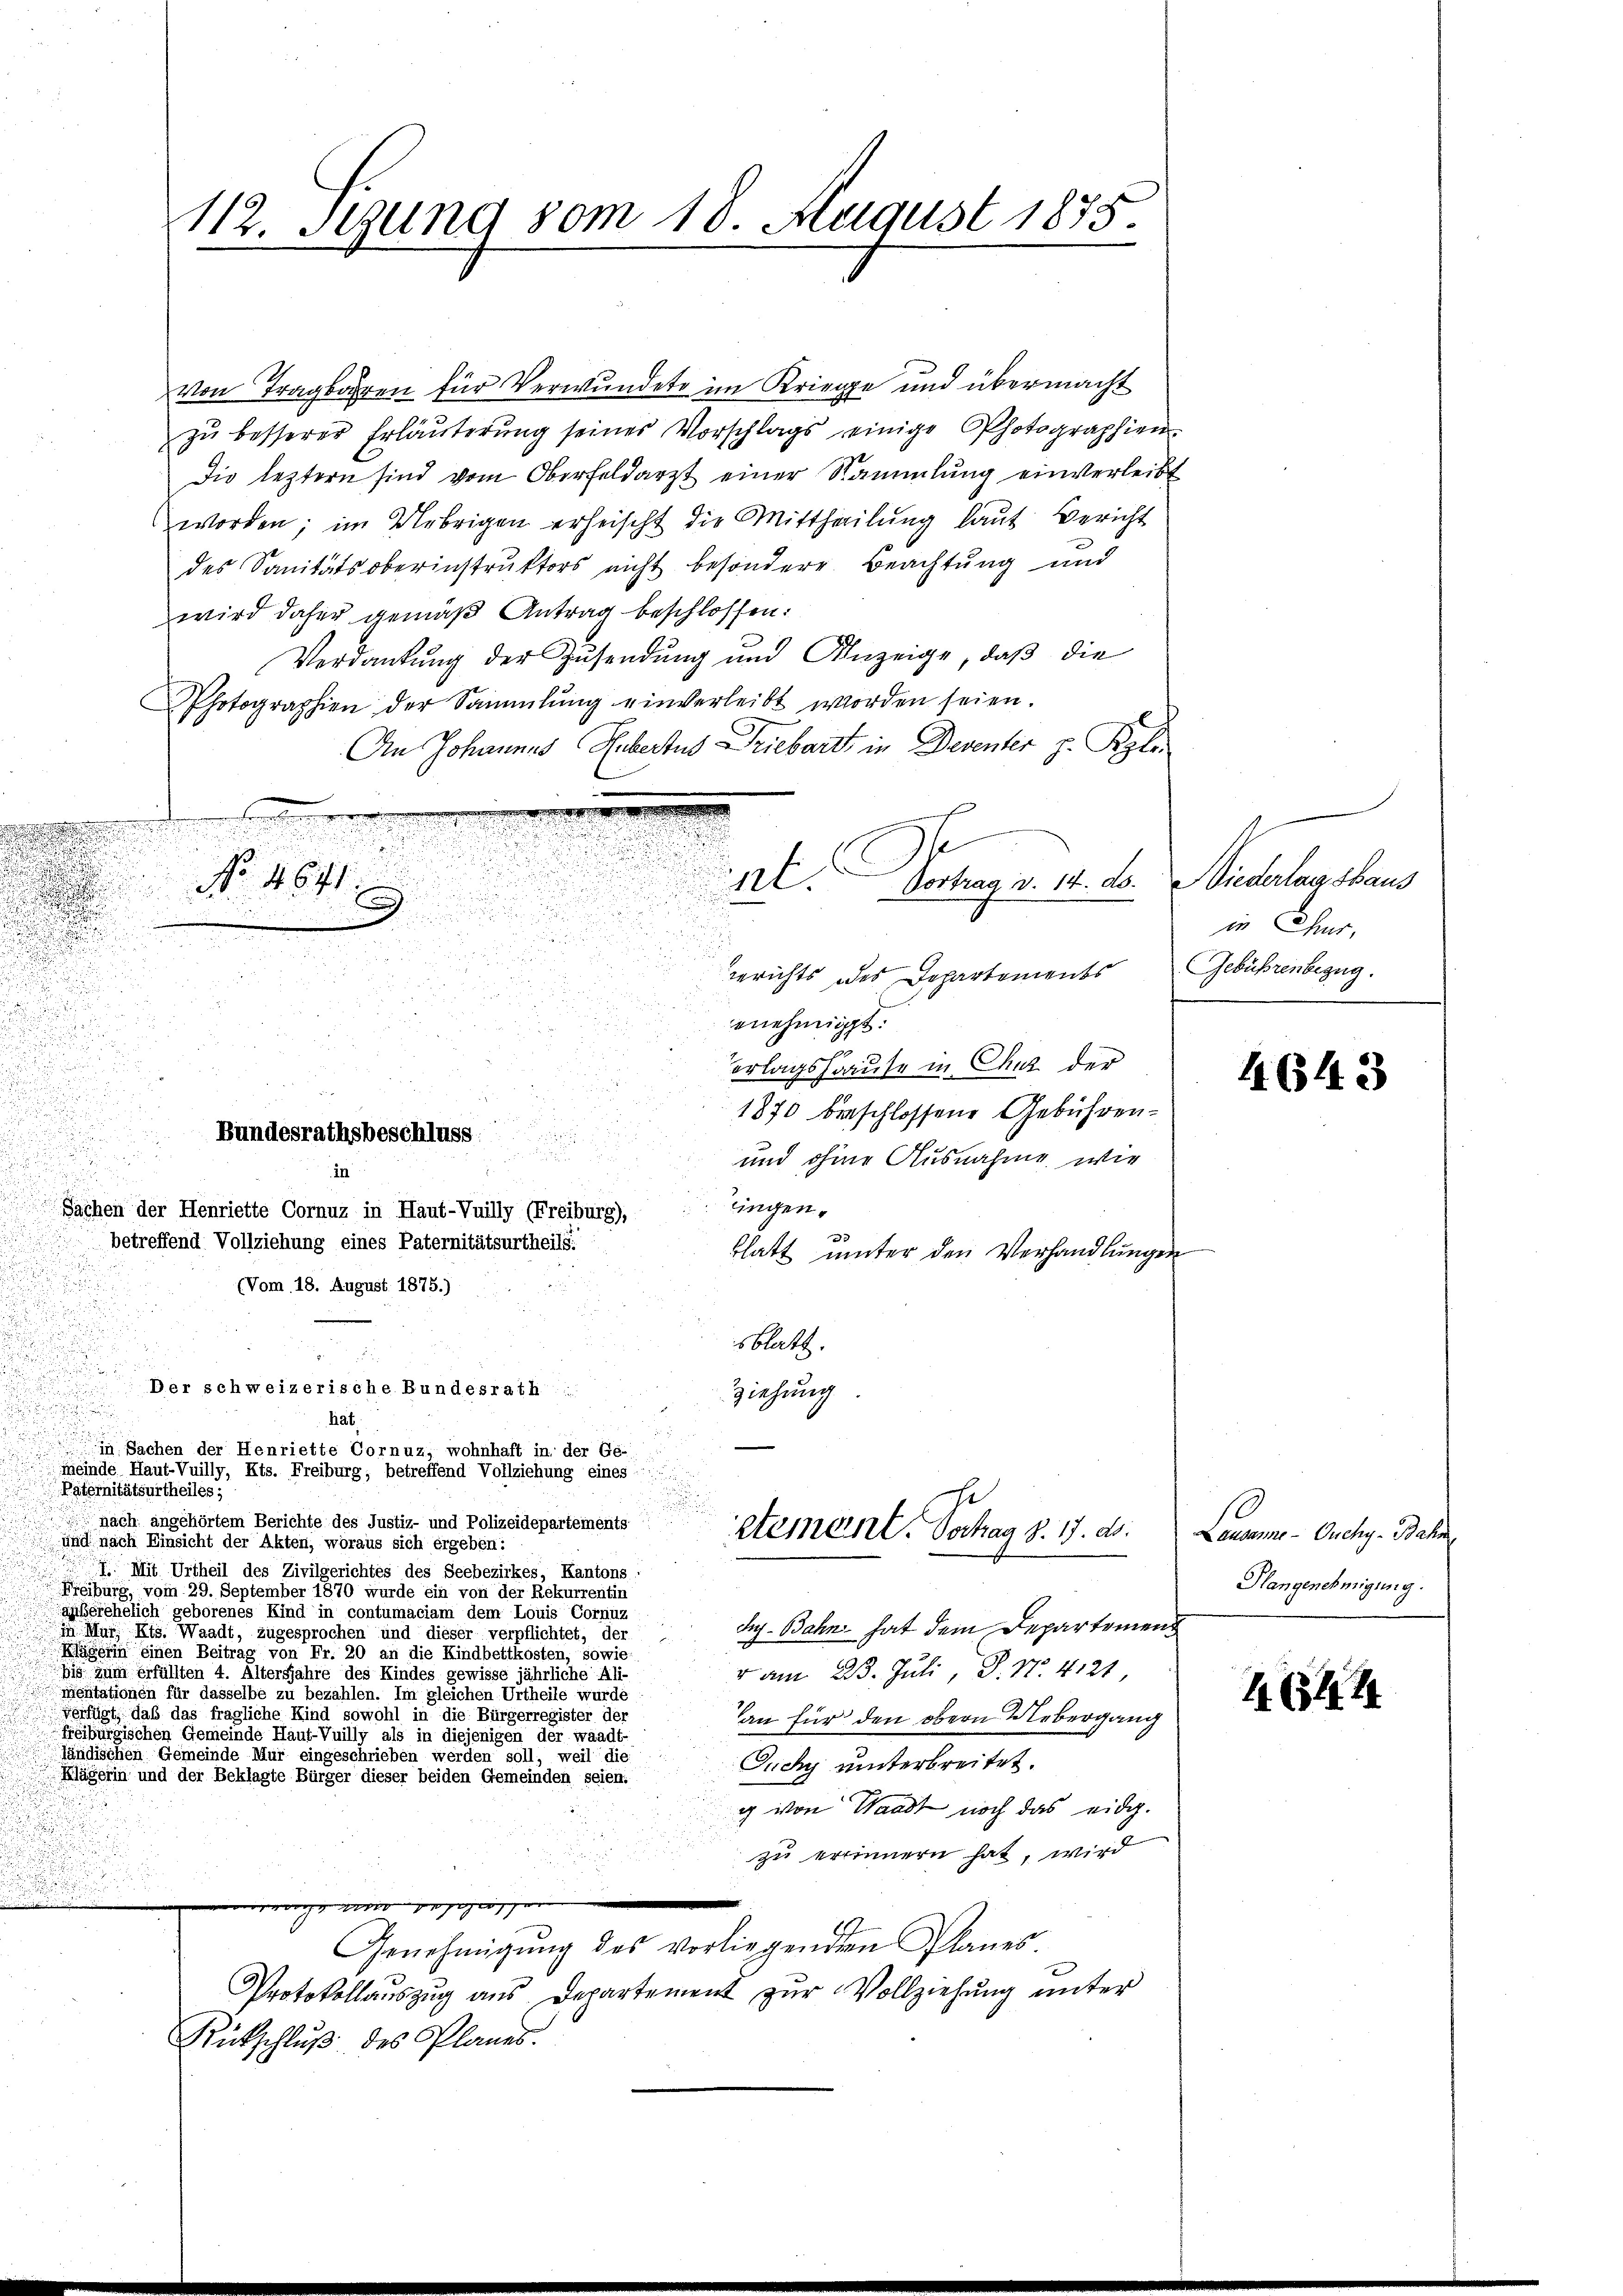
u

112. Stung 80m 10. August 1875.

e
No. 4641

von Tragen für Verwundete im Kriege und übermacht
zŭ besserer Erläuterung seines Vorschlags einige Photographien.
Die leztern sind vom Oberfeldarzt einer Sammlung einverleibt
worden; im Uebrigen erheischt die Mittheilung laut Bericht
des Sanitätsoberinstruktors nicht besondere Beachtung und
wird daher gemäß Antrag beschlossen:
Verdankung der Zusendung und Anzeige, daß die
Photographien der Sammlung einverleibt worden seien.
An Johannes Hubertus Driebart in Deventer z. Kzle
.
3
12. Vortrag v. 14. ds. Wiederlagshaus
.

u
Gerichts des Departements

n
enehmigt.
.
erlagshause in Chur der
1870 beschlossene Gebühren¬
.
Bundesrathsbeschluss.

und ohne Ausnahme wie
in
zingen.
Sachen der Henriette Cornuz in Haut-Vuilly (Freiburg),
betreffend Vollziehung eines Paternitätsurtheils.
blatt unter den Verhandlungen
(Vom 18. August 1875.)
sblatt.
Der schweizerische Bundesrath
ziehung

hat.
in Sachen der Henriette Cornuz, wohnhaft in der Ge-

Jus-Bahn hat dem Departemen
v am 23. Juli, D. No. 4121,
an für den obern Uebergang

stement. Schag 8. 17. ds.

meinde Haut-Vuilly, Kts. Freiburg, betreffend Vollziehung eines
.
Paternitätsurtheiles,
 nach angehörtem Berichte des Justiz- und Polizeidepartements
 und nach Einsicht der Akten, woraus sich ergeben:
7 Mit Urtheil des Zivilgerichtes des Seebezirkes, Kantons
Freiburg, vom 29. September 1870 wurde ein von der Rekurrentin
ghiberehelich geborenes Kind in contumaciam dem Louis Cornuz
in Mur. Kts. Waadt, zugesprochen und dieser verpflichtet, der
Sanen einen Beitrag von Fr. 20 an die Kindbettkosten, sowie
bis zum Erfüllten 4. Altersjahre des Kindes gewisse jährliche Ali-
mentationen für dasselbe zu bezahlen. Im gleichen Urtheile wurde
Verfügt, daß das fragliche Kind sowohl in die Bürgerregister der
Freiburgischen Gemeinde Haut-Vuilly als in diejenigen der waadt-
ländischen Gemeinde Mur eingeschrieben werden soll, weil die
Ouchy unterbreitet.
Klägerin und der Beklagte Bürger dieser beiden Gemeinden seien.
g von Waadt noch das eidg.
zu erinnern hat, wird
oge mit gege
Genehmigŭng des vorliegenden Planes.
Protokollauszug aus Departement zŭr Vollziehung unter
Rückschlŭβ des Planes.

in Chur,
Gebührenbezug.

4643

Lausanne - Ouchy - Balin
Plangenehmigung.

4644